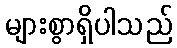
များစွာရှိပါသည်